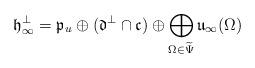
LaTeX: \begin{align*} \mathfrak h_\infty^\perp = \mathfrak p_u \oplus (\mathfrak d^\perp \cap \mathfrak c) \oplus \bigoplus\limits_{\Omega \in \widetilde \Psi} \mathfrak u_\infty(\Omega)\end{align*}